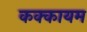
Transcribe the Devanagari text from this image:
कक्कायम